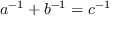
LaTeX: a ^ { - 1 } + b ^ { - 1 } = c ^ { - 1 }